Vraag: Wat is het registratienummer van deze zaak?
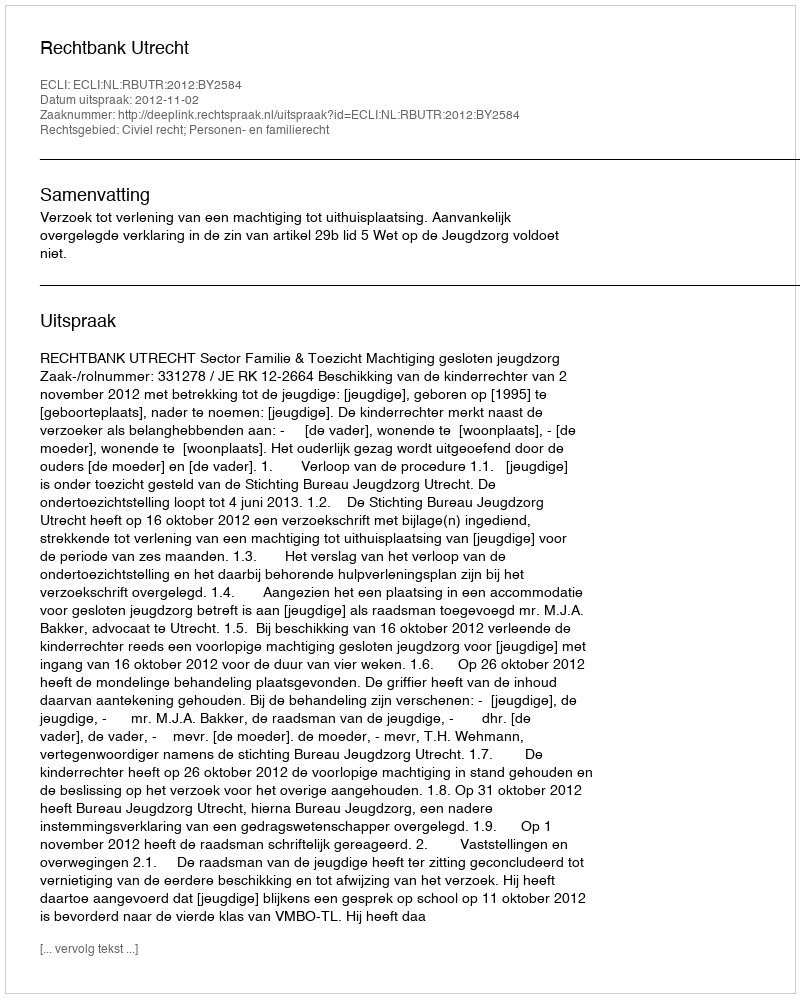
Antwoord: http://deeplink.rechtspraak.nl/uitspraak?id=ECLI:NL:RBUTR:2012:BY2584